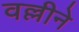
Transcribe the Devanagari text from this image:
वल्लीने